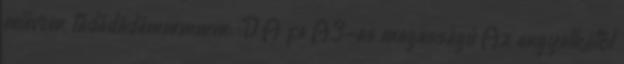
művem, tádádádámmmmm: :D A fa A3-as magasságú Az angyalkától